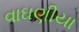
વાઘણીયા